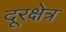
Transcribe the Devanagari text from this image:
दूरक्षेत्र